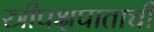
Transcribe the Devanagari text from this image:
स्त्रीपक्षपाताची